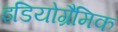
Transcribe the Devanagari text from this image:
इडियोग्रैमिक